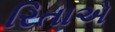
રિતાએ